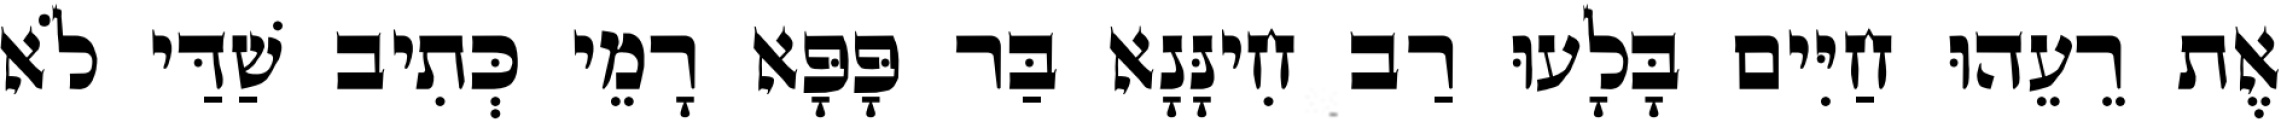
אֶת רֵעֵהוּ חַיִּים בָּלָעוּ רַב חִינָּנָא בַּר פָּפָּא רָמֵי כְּתִיב שַׁדַּי לֹא